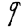
Digit: 9